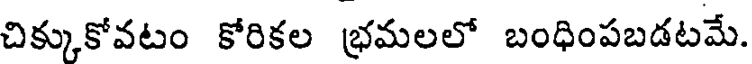
చిక్కుకోవటం కోరికల భ్రమలలో బంధింపబడటమే.